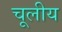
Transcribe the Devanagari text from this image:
चूलीय